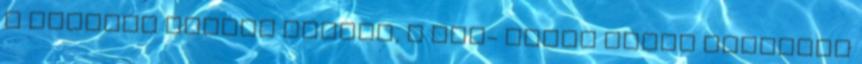
a Hattyúk taváig terjed, a szí- nészi pedig százéves